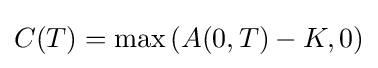
C(T)={\text{max}}\left(A(0,T)-K,0\right)